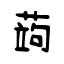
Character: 蒟